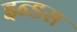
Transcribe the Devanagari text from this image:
इन्‍डस